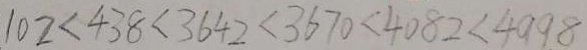
1 0 2 < 4 3 8 < 3 6 4 2 < 3 6 7 0 < 4 0 8 2 < 4 9 9 8